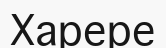
Харере